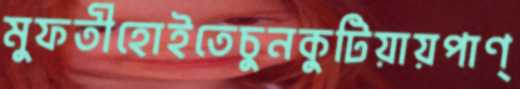
মুফতীহোইতেচুনকুটিয়ায়পাণ্